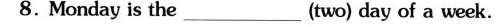
8. Monday is the_(two) day of a week.